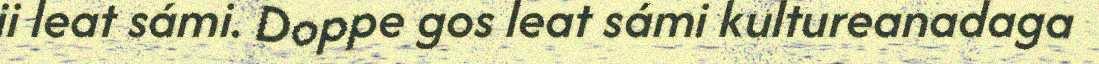
ii leat sámi. Doppe gos leat sámi kultureanadaga